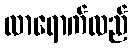
လာရောက်လည်